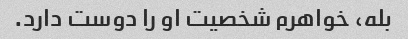
بله، خواهرم شخصیت او را دوست دارد.